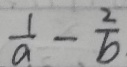
\frac { 1 } { a } - \frac { 2 } { b }